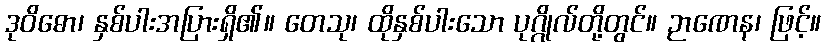
ဒုဝိဓော၊ နှစ်ပါးအပြားရှိ၏။ တေသု၊ ထိုနှစ်ပါးသော ပုဂ္ဂိုလ်တို့တွင်။ ဉာဏေန၊ ဖြင့်။